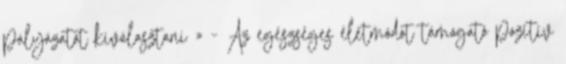
pályázatot kiválasztani » - Az egészséges életmódot támogató pozitív